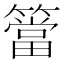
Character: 簹